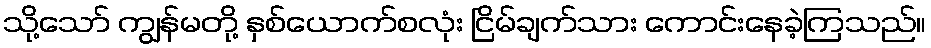
သို့သော် ကျွန်မတို့ နှစ်ယောက်စလုံး ငြိမ်ချက်သား ကောင်းနေခဲ့ကြသည်။